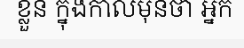
ខ្លួន ក្នុងកាលមុនថា អ្នក